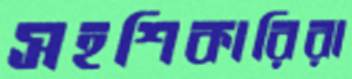
সহশিকারিরা